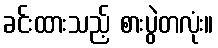
ခင်းထားသည့် စားပွဲတလုံး။